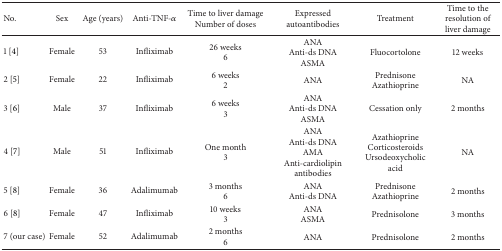
<table><thead><tr><td><b>No.</b></td><td><b>Sex</b></td><td><b>Age (years)</b></td><td><b>Anti-TNF-<i>α</i></b></td><td><b>Time to liver damage Number of doses</b></td><td><b>Expressed autoantibodies </b></td><td><b>Treatment</b></td><td><b>Time to the resolution of liver damage</b></td></tr></thead><tbody><tr><td>1 [4]</td><td>Female</td><td>53</td><td>Infliximab</td><td>26 weeks 6</td><td>ANA Anti-ds DNA ASMA</td><td>Fluocortolone</td><td>12 weeks</td></tr><tr><td>2 [5]</td><td>Female</td><td>22</td><td>Infliximab</td><td>6 weeks 2</td><td>ANA</td><td>Prednisone Azathioprine</td><td>NA</td></tr><tr><td>3 [6]</td><td>Male</td><td>37</td><td>Infliximab</td><td>6 weeks 3</td><td>ANA Anti-ds DNA ASMA</td><td>Cessation only</td><td>2 months</td></tr><tr><td>4 [7]</td><td>Male</td><td>51</td><td>Infliximab</td><td>One month 3</td><td>ANA Anti-ds DNA AMA Anti-cardiolipin antibodies</td><td>Azathioprine Corticosteroids Ursodeoxycholic acid</td><td>NA</td></tr><tr><td>5 [8]</td><td>Female</td><td>36</td><td>Adalimumab</td><td>3 months 6</td><td>ANA Anti-ds DNA</td><td>Prednisone Azathioprine</td><td>2 months</td></tr><tr><td>6 [8]</td><td>Female</td><td>47</td><td>Infliximab</td><td>10 weeks 3</td><td>ANAASMA</td><td>Prednisolone</td><td>3 months</td></tr><tr><td>7 (our case)</td><td>Female</td><td>52</td><td>Adalimumab</td><td>2 months 6</td><td>ANA</td><td>Prednisolone</td><td>2 months</td></tr></tbody></table>